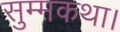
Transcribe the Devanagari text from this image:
सुम्मकथा।